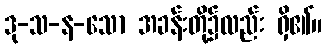
ဒု-သ-န-သော အခန်းတို့၌လည်း ရှိ၏။